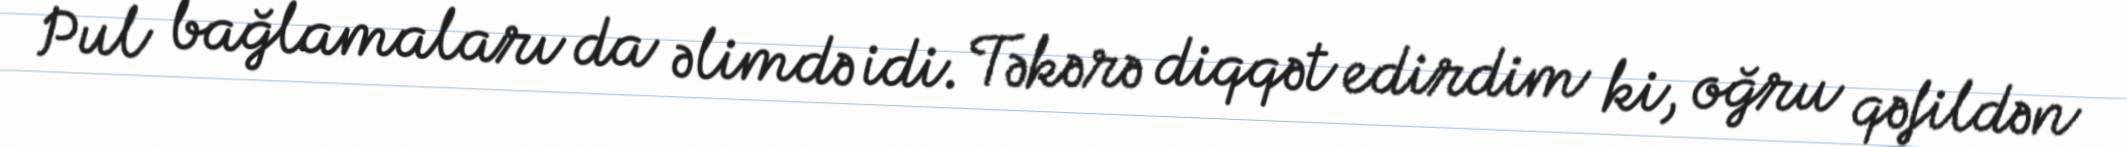
Pul bağlamaları da əlimdə idi. Təkərə diqqət edirdim ki, oğru qəfildən